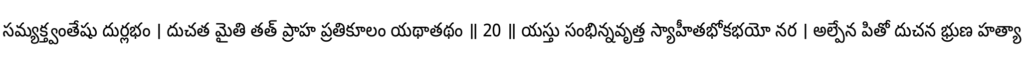
సమ్యక్త్వంతేషు దుర్లభం । దుచత మైతి తత్ ప్రాహ ప్రతికూలం యథాతథం ॥ 20 ॥ యస్తు సంభిన్నవృత్త స్యాహీతభోకభయో నర । అల్పేన పితో దుచన భ్రుణ హత్యా